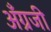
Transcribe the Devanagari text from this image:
अँग्रजी